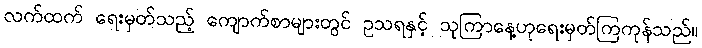
လက်ထက် ရေးမှတ်သည့် ကျောက်စာများတွင် ဥသရနှင့် သုကြာနေ့ဟုရေးမှတ်ကြကုန်သည်။